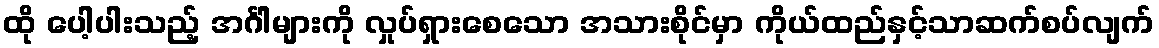
ထို ပေါ့ပါးသည့် အင်္ဂါများကို လှုပ်ရှားစေသော အသားစိုင်မှာ ကိုယ်ထည်နှင့်သာဆက်စပ်လျက်